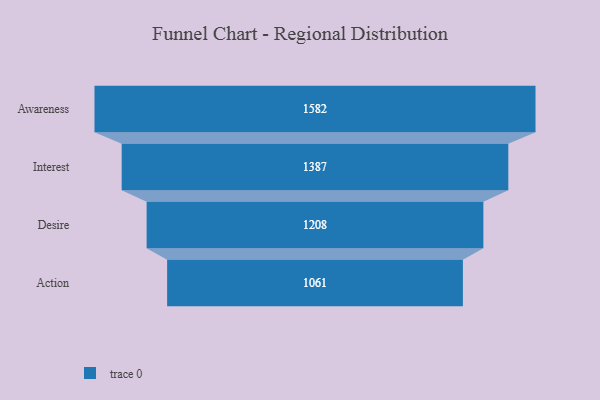
{"axis": {"x": "Stage", "y": "Value"}, "legend": [""], "data": [{"x": "Awareness", "y": 1582.0, "type": ""}, {"x": "Interest", "y": 1387.0, "type": ""}, {"x": "Desire", "y": 1208.0, "type": ""}, {"x": "Action", "y": 1061.0, "type": ""}]}